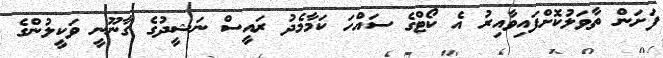
ފަށަން ތާވަލުކޮށްފައިވާއިރު އެ ކޯޓްގެ ސައްހަ ކަމާމެދު ރައީސް ނަޝީދުގެ ގާނޫނީ ވަކީލުންގެ